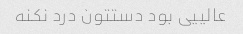
عالییی بود دستتون درد نکنه